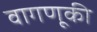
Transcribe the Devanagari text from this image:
वागणूकी